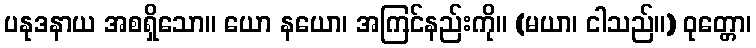
ပနုဒနာယ အစရှိသော။ ယော နယော၊ အကြင်နည်းကို။ (မယာ၊ ငါသည်။) ဝုတ္တော၊